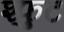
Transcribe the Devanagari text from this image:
श्फुट